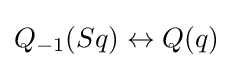
Q_{\mathrm {-1} }(Sq)\leftrightarrow Q(q)